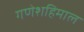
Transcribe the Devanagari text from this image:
गणेशहिमाल